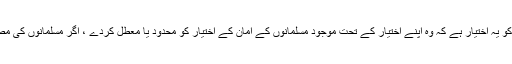
مسلمانوں کے حکمران کو یہ اختیار ہے کہ وہ اپنے اختیار کے تحت موجود مسلمانوں کے امان کے اختیار کو محدود یا معطل کردے ، اگر مسلمانوں کی مصلحت کا یہی تقاضا ہو ۔